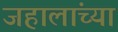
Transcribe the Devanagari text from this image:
जहालांच्या